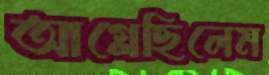
আগ্‌লেছিলেম